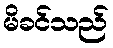
မိခင်သည်